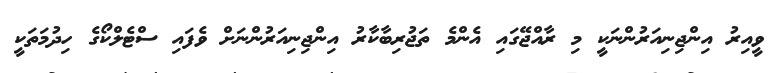
ވީއިރު އިންޖިނިއަރުންނަކީ މި ރާއްޖޭގައި އެންމެ ތަޖުރިބާކާރު އިންޖިނިއަރުންނަށް ވެފައި ސްޓެލްކޯގެ ހިދުމަތަކީ